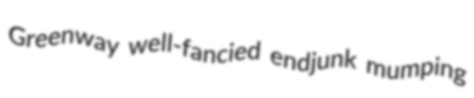
Greenway well-fancied endjunk mumping